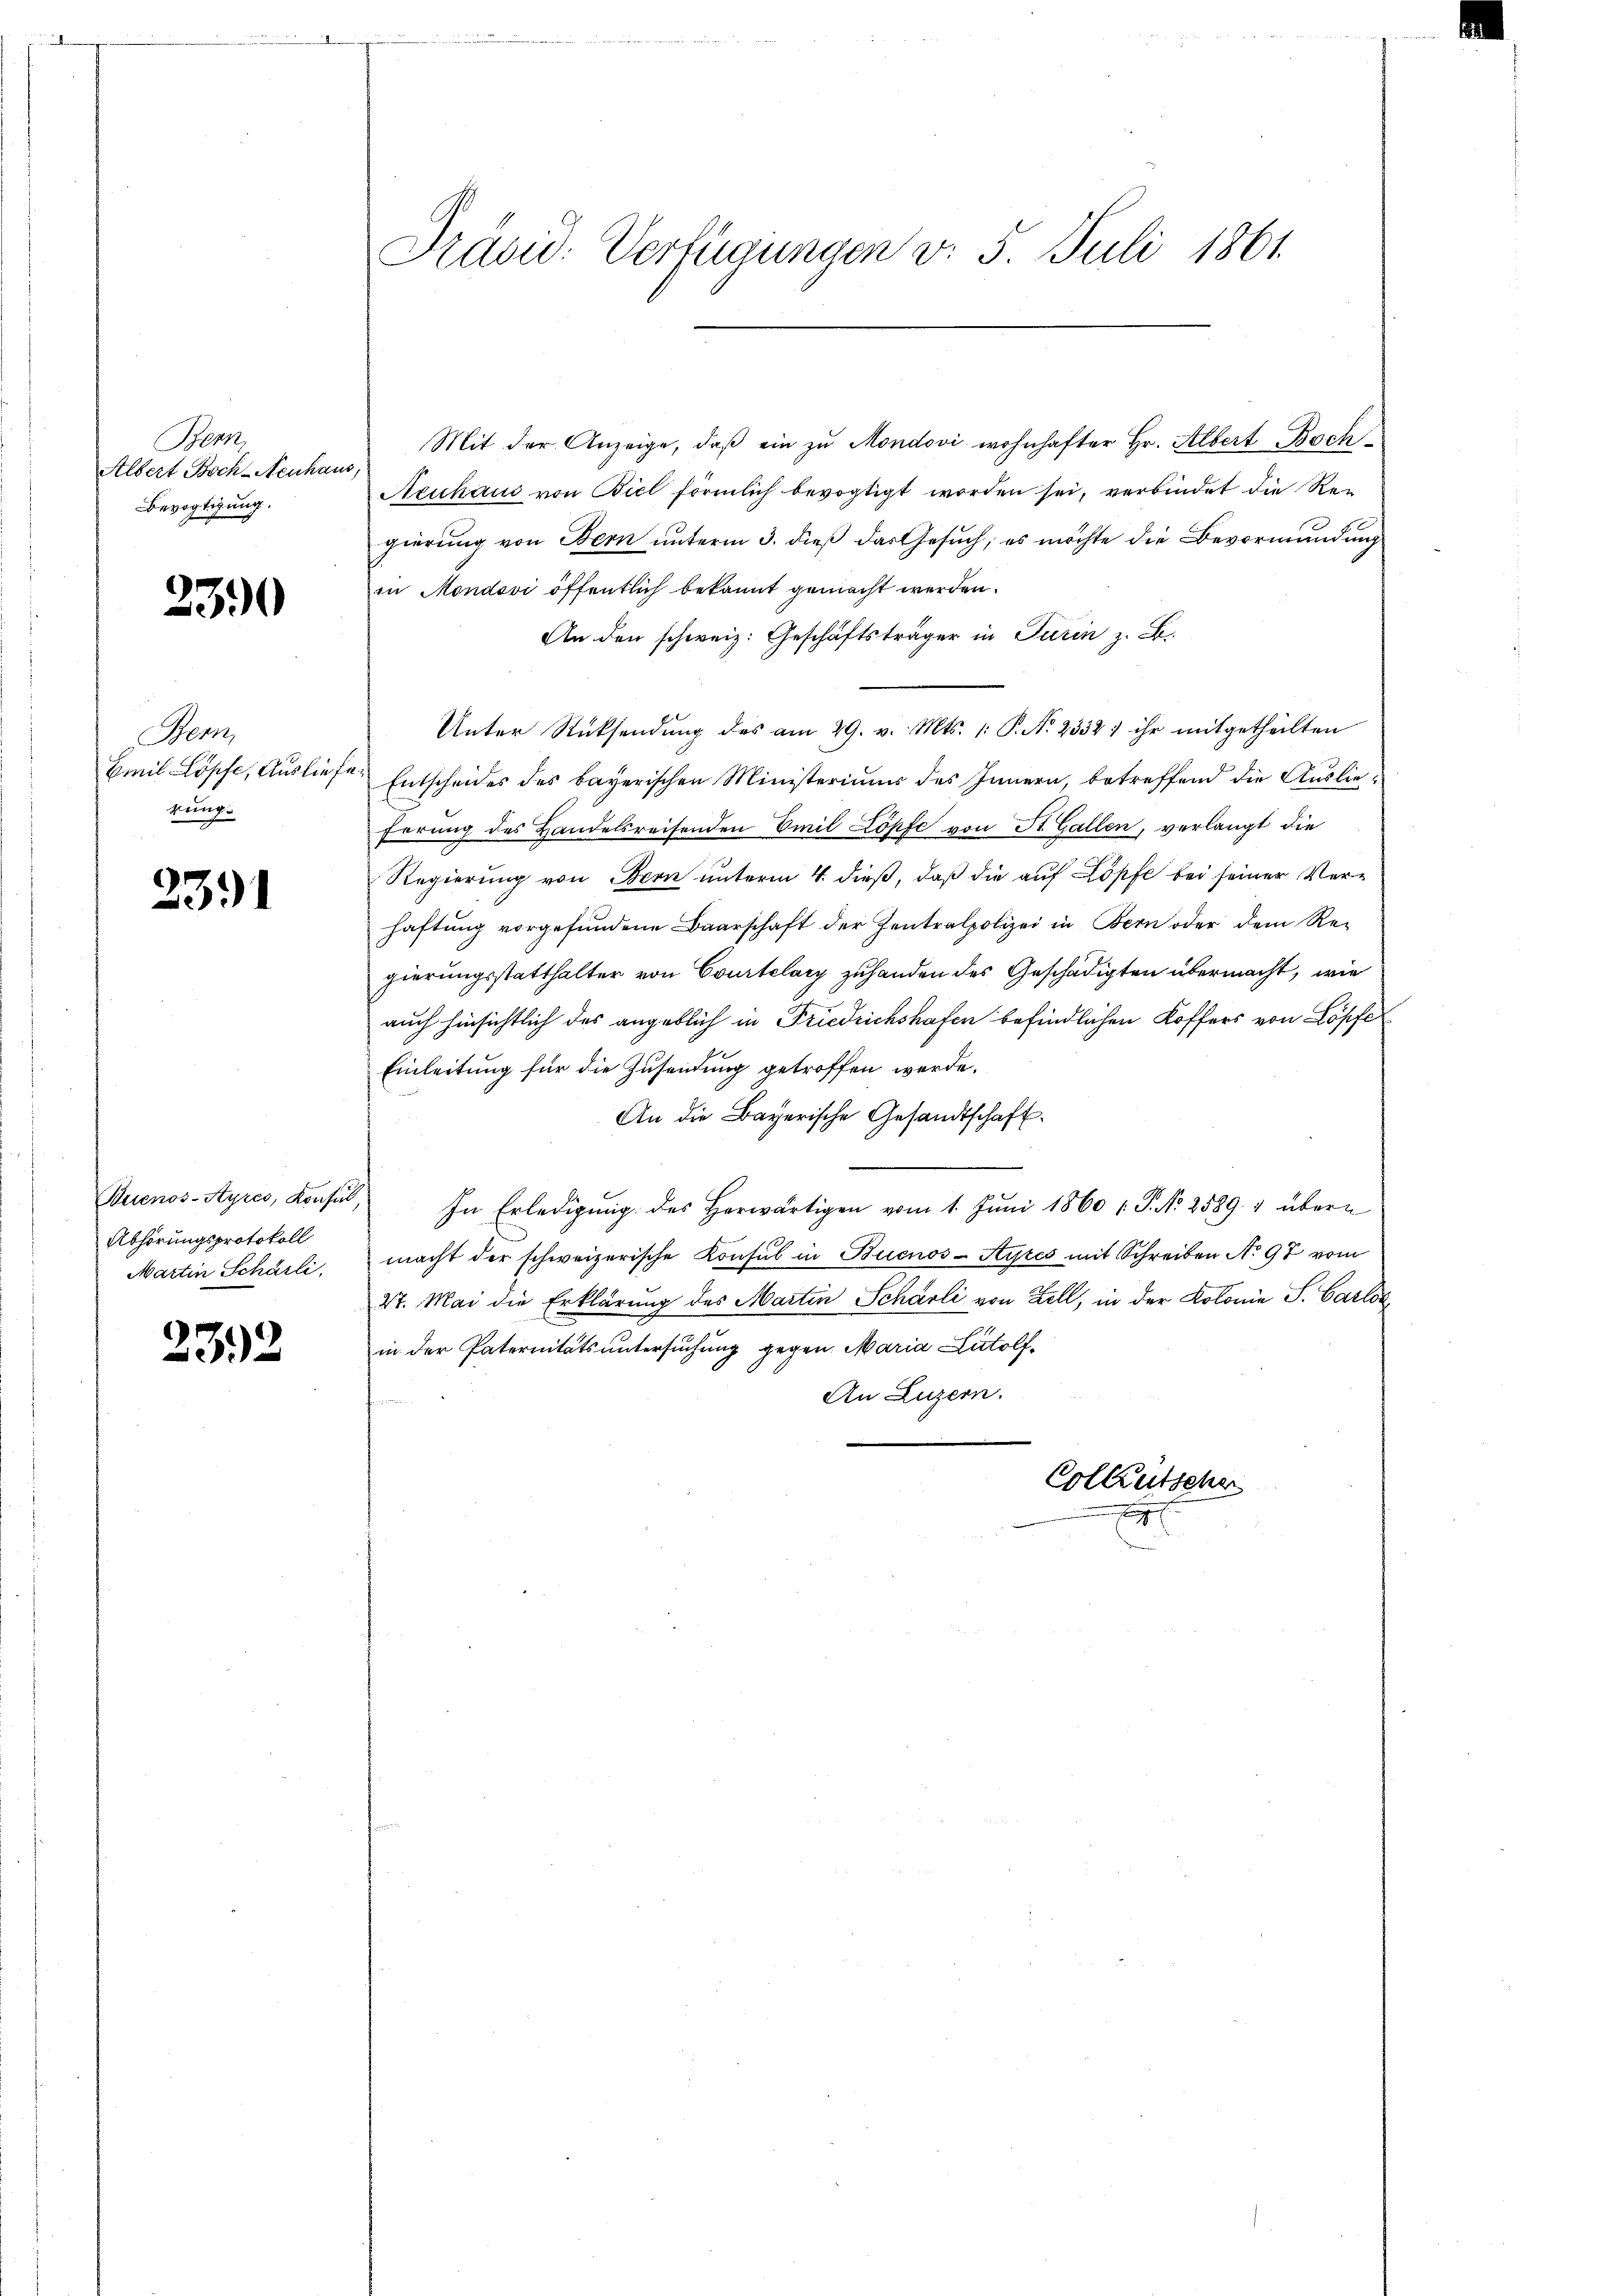
Bern,
Albert Boch-Neuhaus
Bevogtigung.

230

Bern,
Emil Löpfe, Auslief
rung.

2391

Buenos-Ayres, Konsul,
Abhörungsprotokoll
Martin Schärli

232

Präsid. Verfügungen v. 5. Juli 1861.

Mit der Anzeige, daβ ein zu Mondovi wohnhafter Hr. Albert Boch¬
Neuhaus von Biel förmlich bevogtigt worden sei, verbindet die Rei
gierung von Bern unterm 3. dieß das Gesuch, es möchte die Bevormundung
in Mondovi öffentlich bekannt gemacht werden.
An den schweiz. Geschäftsträger in Turin z. B.
Unter Rücksendung des am 29. v. Mts. 1: P. Nr. 2332; ihr mitgetheilten
Entscheides des bayerischen Ministeriums des Innern betreffend die Auslie¬
Errung des Handelsreisenden Emil Köpfe von St. Gallen, verlangt die
Regierung von Bern unterm 4. dieß, daß die auf Löpfe bei seiner Verhaftung vorgefundene Baarschaft der Zentralpolizei in Bern oder dem Re-
gierungsstatthalter von Courtelary zuhanden des Geschädigten übermacht, wie
auch hinsichtlich des angeblich in Friedrichshafen befindlichen Koffers von Köpfe
Einleitung für die Zusendung getroffen werde.
An die Bayerische Gesandtschaft.
In Erledigung des Herwärtigen vom 1. Juni 1860 / P. N. 2589. 4 übern
macht der schweizerische Konsul in Buenos-Ayres mit Schreiben No 98 vom
St. Mai die Erklärung des Martin Scharli von Zell, in der Kolonie S. Carlos
in der Paternitäts untersuchung gegen. Maria Lutolf¬
An Luzern.
Colleutscher